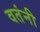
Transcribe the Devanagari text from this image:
वतंनी